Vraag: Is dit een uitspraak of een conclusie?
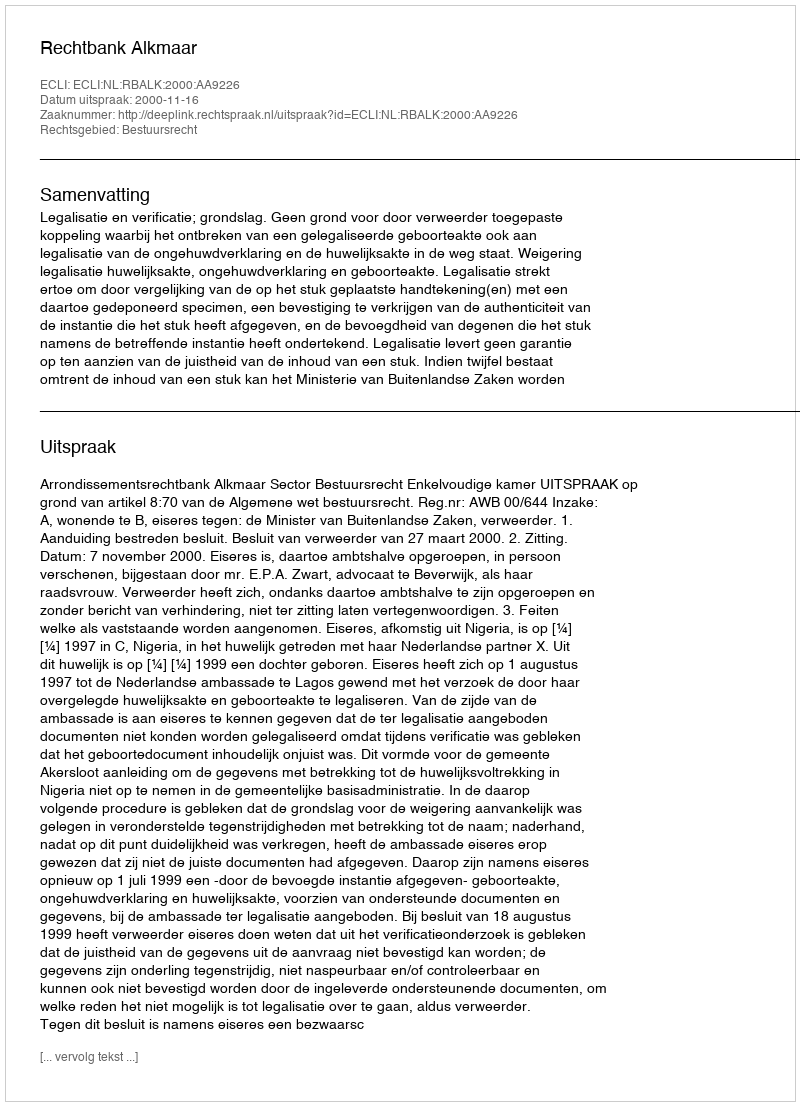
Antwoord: Uitspraak